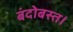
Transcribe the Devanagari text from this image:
बंदोबस्त।